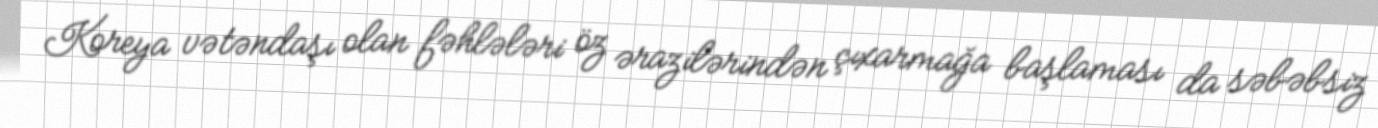
Koreya vətəndaşı olan fəhlələri öz ərazilərindən çıxarmağa başlaması da səbəbsiz